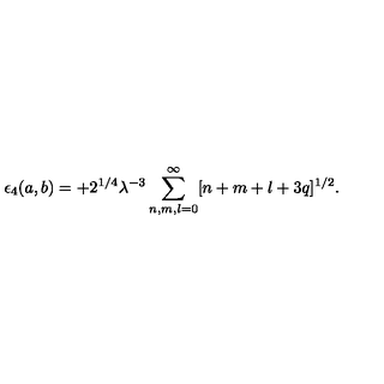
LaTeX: \epsilon _ { 4 } ( a , b ) = + 2 ^ { 1 / 4 } \lambda ^ { - 3 } \sum _ { n , m , l = 0 } ^ { \infty } [ n + m + l + 3 q ] ^ { 1 / 2 } .